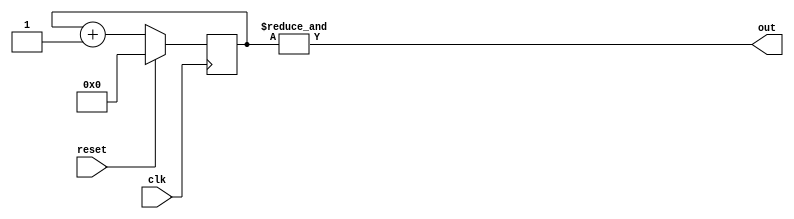
`timescale 1ns / 1ps
//////////////////////////////////////////////////////////////////////////////////
// Company: zju
// 
// Design Name: 
// Module Name:    div_N 
// Project Name: 
// Target Devices: 
// Tool versions: 
// Description: 
//
// Dependencies: 
//
// Revision: 
// Revision 0.01 - File Created
// Additional Comments: 
//
//////////////////////////////////////////////////////////////////////////////////
module DIV_N(clk, reset, out);
    input clk;
    input reset;
    output out;
    
	 parameter n=17;
	 reg[n-1:0] q;
	 assign out=&q;
    always @(posedge clk)
	 if (reset) q<=0;else q<=q+1;

endmodule